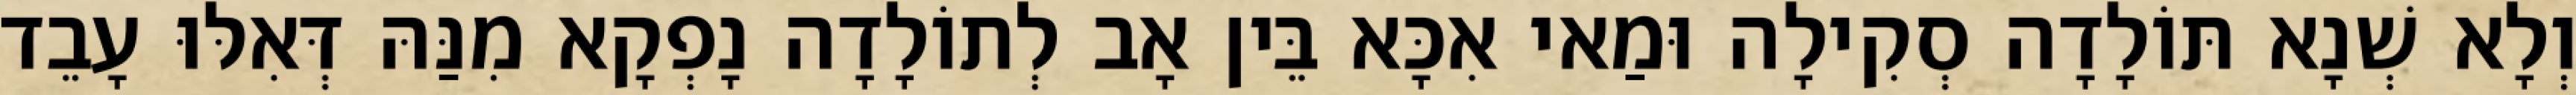
וְלָא שְׁנָא תּוֹלָדָה סְקִילָה וּמַאי אִכָּא בֵּין אָב לְתוֹלָדָה נָפְקָא מִנַּהּ דְּאִלּוּ עָבֵד